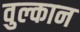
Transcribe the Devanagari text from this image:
वुल्कान